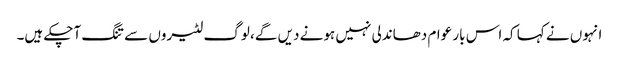
انہوں نے کہا کہ اس بار عوام دھاندلی نہیں ہونے دیں گے، لوگ لٹیروں سے تنگ آچکے ہیں۔